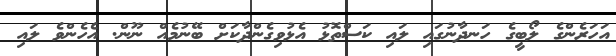
އަހަރެންގެ ލޯބީގެ ހަނދާނުގައި ލައި ކަސްތޮޅު އެޅުވިގެންދާކަށް ބޭނުމެއް ނޫން. އެހެންވެ ލައި